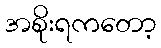
အစိုးရကတော့